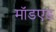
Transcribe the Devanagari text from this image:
मॉडएड